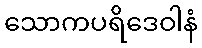
သောကပရိဒေဝါနံ